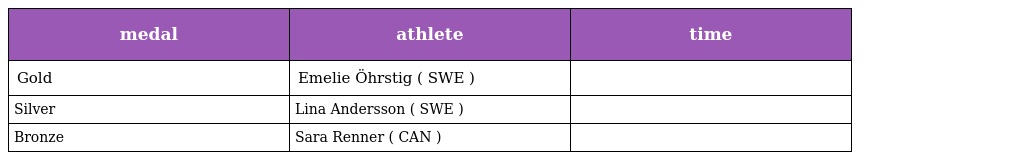
| medal | athlete | time |
 | --- | --- | --- |
 | Gold | Emelie Öhrstig ( SWE ) |  |
 | Silver | Lina Andersson ( SWE ) |  |
 | Bronze | Sara Renner ( CAN ) |  |